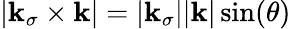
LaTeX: |\boldsymbol{\mathbf{k}}_{\sigma}\times\boldsymbol{\mathbf{k}}|=|\boldsymbol{\mathbf{k}}_{\sigma}||\boldsymbol{\mathbf{k}}|\sin(\theta)